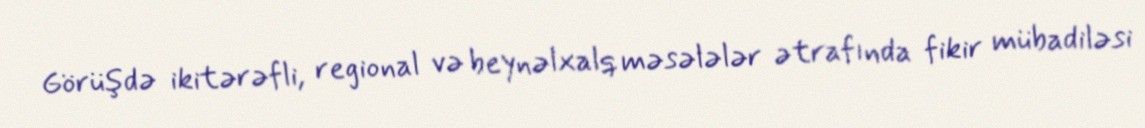
Görüşdə ikitərəfli, regional və beynəlxalq məsələlər ətrafında fikir mübadiləsi